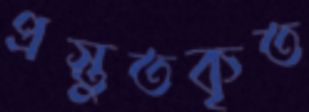
প্রস্তুতকৃত